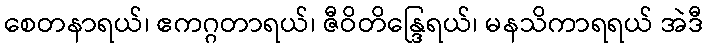
စေတနာရယ်၊ ဧကဂ္ဂတာရယ်၊ ဇီဝိတိန္ဒြေရယ်၊ မနသိကာရရယ် အဲဒီ